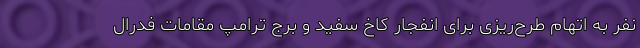
نفر به اتهام طرح‌ریزی برای انفجار کاخ سفید و برج ترامپ مقامات فدرال